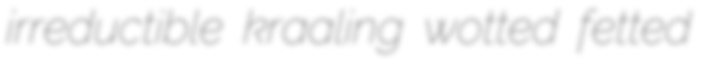
irreductible kraaling wotted fetted